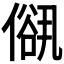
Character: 𠍠